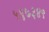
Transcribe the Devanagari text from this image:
५६७३४९